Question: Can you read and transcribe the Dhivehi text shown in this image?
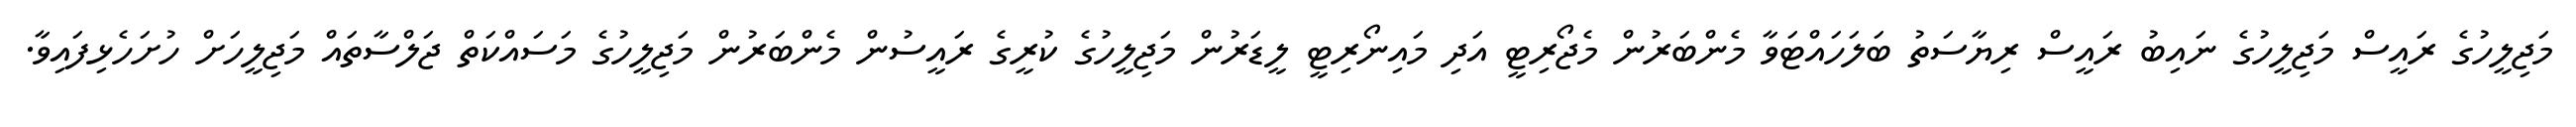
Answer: މަޖިލީހުގެ ރައީސް މަޖިލީހުގެ ނައިބު ރައީސް ރިޔާސަތު ބަލަހައްޓަވާ މެންބަރުން މެޖޯރިޓީ އަދި މައިނޯރިޓީ ލީޑަރުން މަޖިލީހުގެ ކުރީގެ ރައީސުން މެންބަރުން މަޖިލީހުގެ މަސައްކަތް ޖަލްސާތައް މަޖިލީހަށް ހުށަހެޅިފައިވާ.